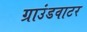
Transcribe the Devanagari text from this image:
ग्राउंडवाटर